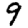
Digit: 9